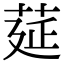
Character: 莚